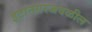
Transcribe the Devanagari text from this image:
इटानगरजवळील